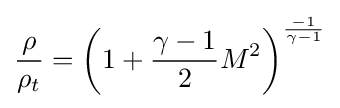
{\frac {\rho }{\rho _{t}}}=\left(1+{\frac {\gamma -1}{2}}M^{2}\right)^{\frac {-1}{\gamma -1}}